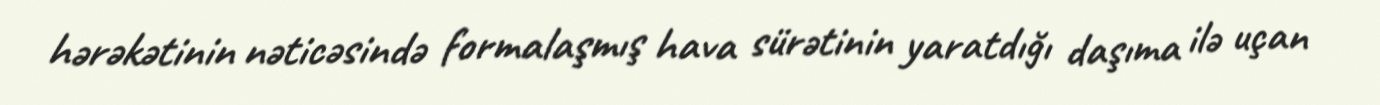
hərəkətinin nəticəsində formalaşmış hava sürətinin yaratdığı daşıma ilə uçan